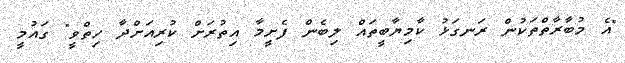
"އެ މުބާރާތްތަކުން ރަނގަޅު ކާމިޔާބީތައް ލިބެން ފެށީމާ އިތުރަށް ކުރިއަށްދާ ހިތްވީ" ގައުމީ